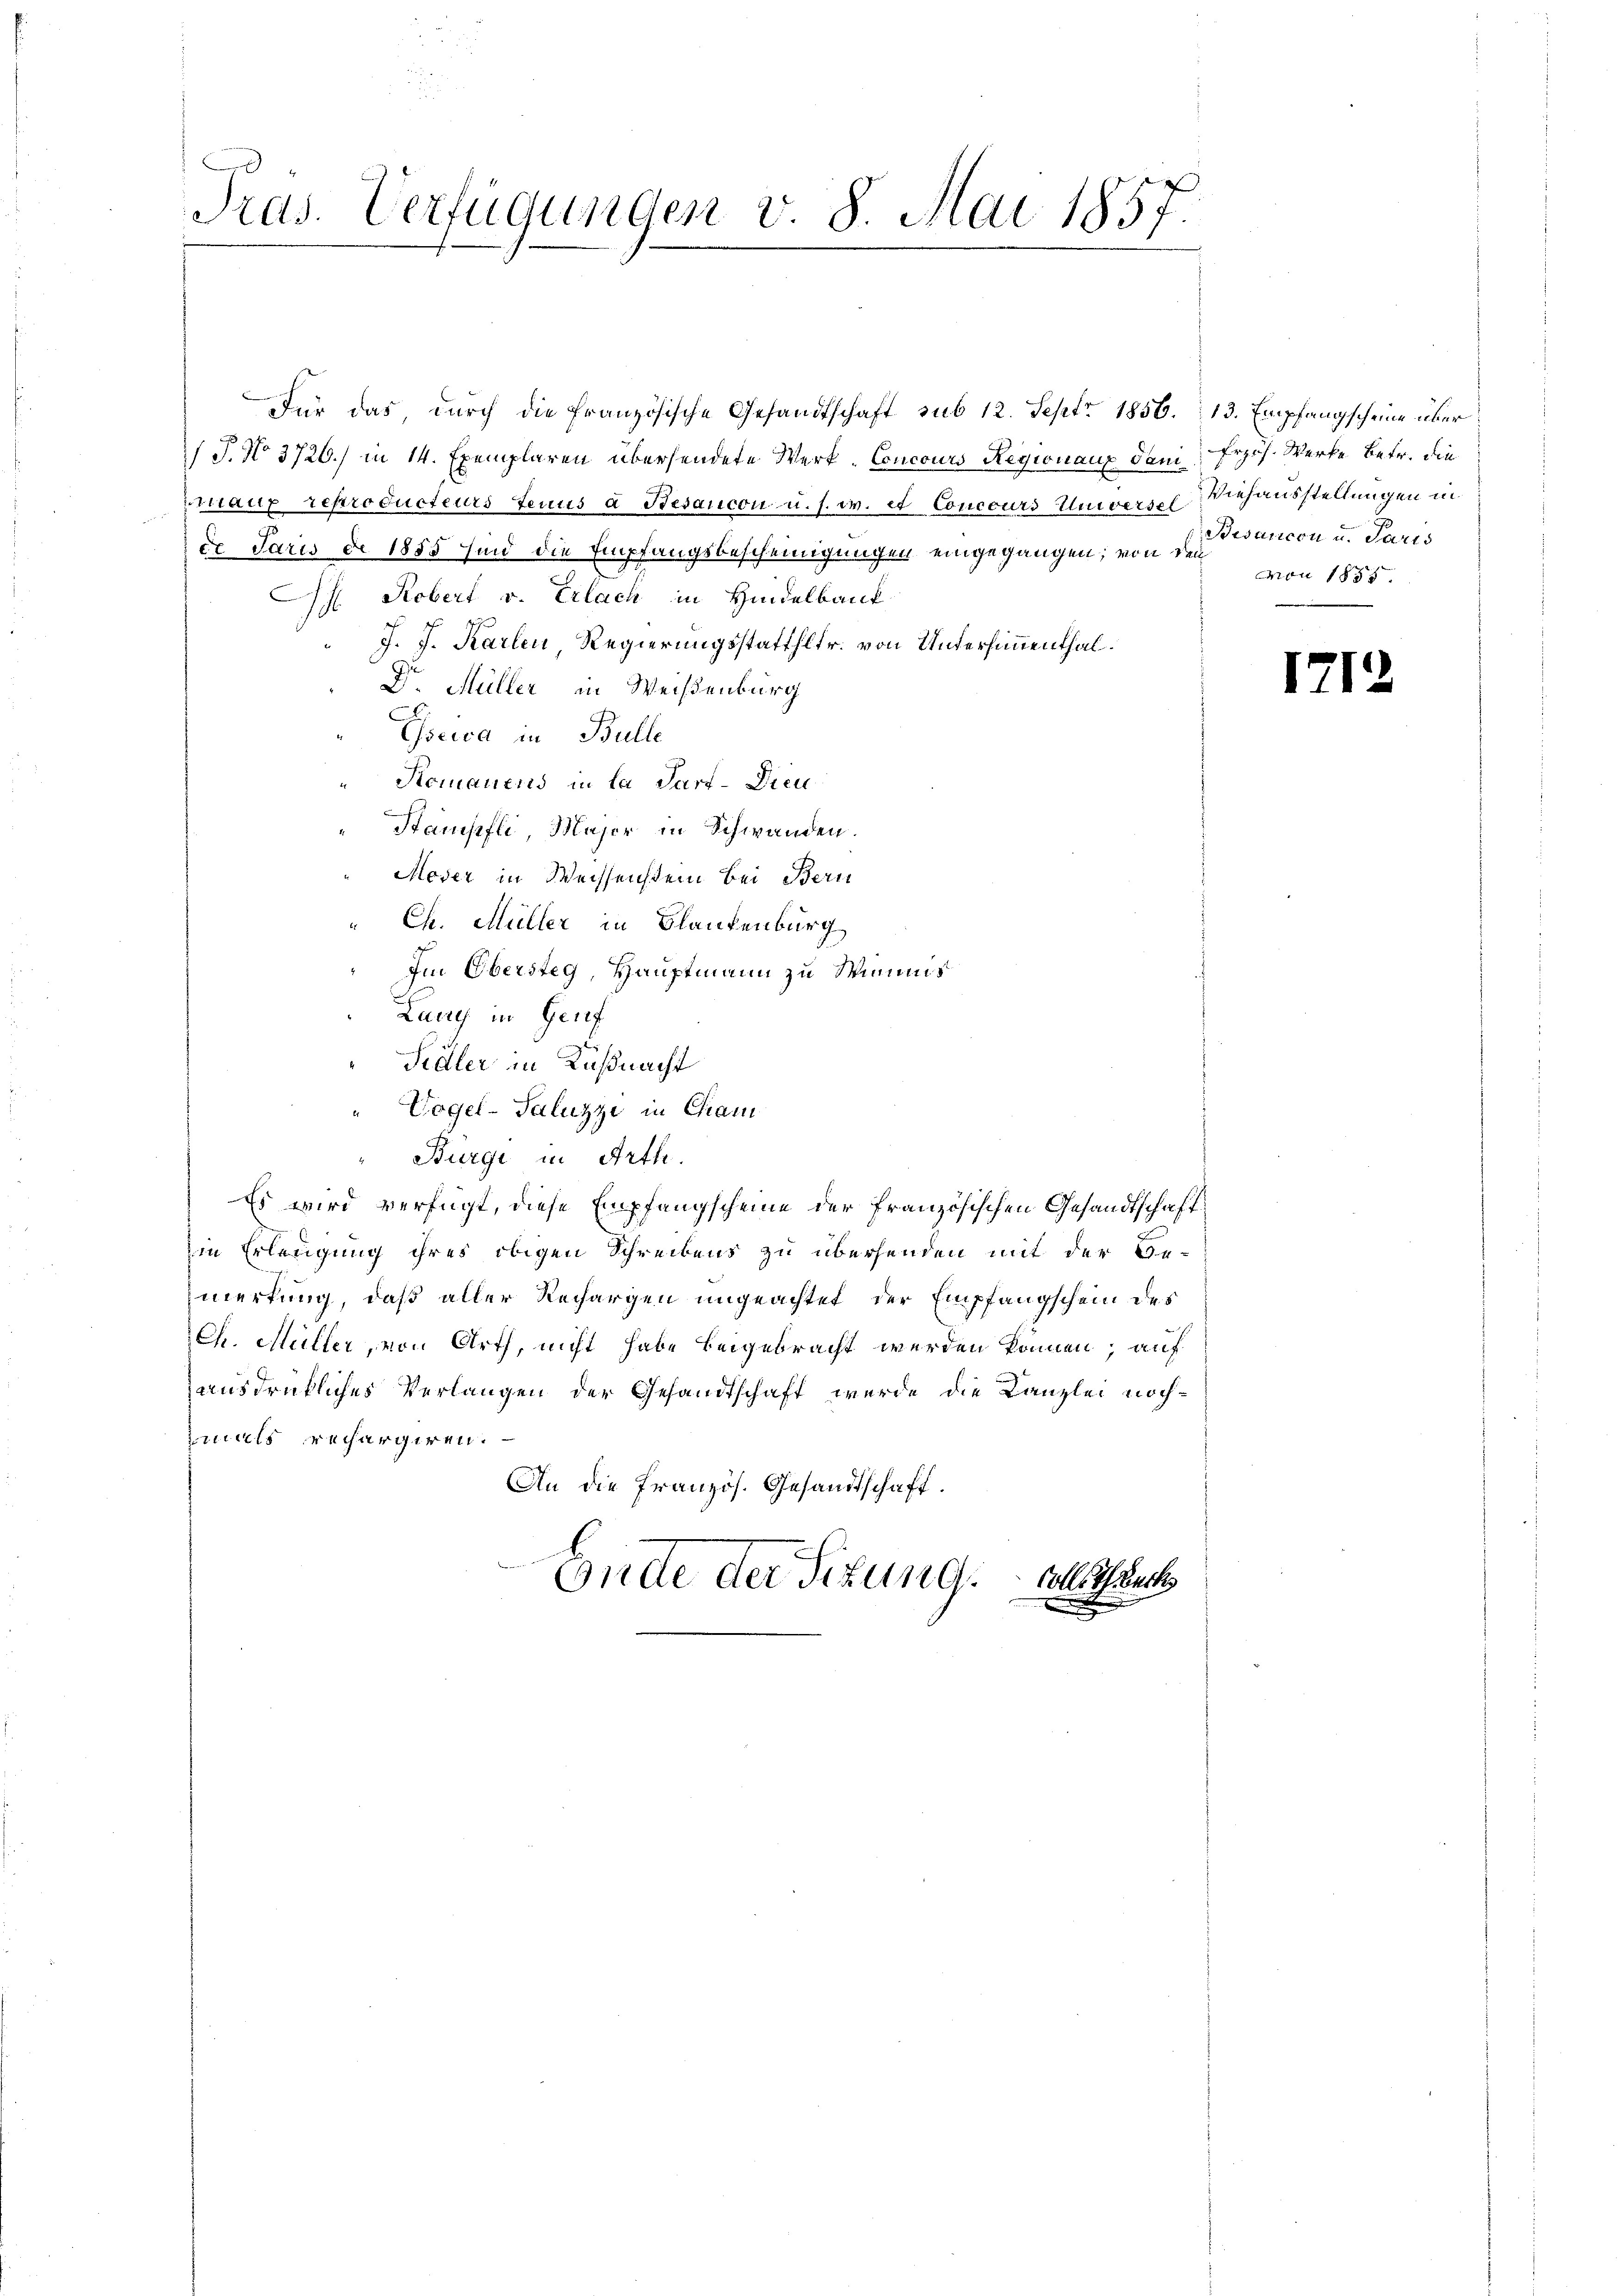
.
Tras. Verfügungen v. 8. Mai 1857.

Für das, durch die französische Gesandtschaft sub 12. Sept. 1856. 13. Empfangscheine über
7 J. No. 3726) in 14. Exemplaren übersendete Werk- Concours Regionaux dan Prof. Werke betr. die
maux reproducteurs tenus à Besancon u. s. w. et Concours Curversch-Viehausstellungen in
de Paris de 1855 sind die Empfangsbescheinigungen eingegangen; von den
 Robert v. Erlach in Hindelbank
J. J. Karlen Regierungsstatthltr. von Untersinnenthal¬
Dr. Müller in Weißenburg
Escica in Bulle
Komanend in la Part-Dien
Stampfli, Majer in Schwanden.
Moder in Weissenstein bei Bern
" Ch. Müller in Blaufenburg
Im Obersteg, Hauptmann zu Minis
Lang in Genf
Stäler in Küßnacht
Vogel-Saluzzi in Cham
Burgi in Arth.
Es wird verfügt, diese Empfangscheine der französischen Gesandtschaft
in Erledigung ihres obigen Schreibens zu überhanden mit der Be-
merkung, daß aller Rechargen ungeachtet, der Empfangschein des
Ch. Müller, von Arth, nicht habe beigebracht werden können, auf
ausdrückliches Verlangen der Gesandtschaft wurde die Kanzlei nochmals rechargiren.
An die Französ. Gesandtschaft.
b
Gütte der Sitzung voll auch

Bisancon u. Paris
Mon 1855.

1712